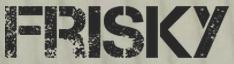
FRISKY